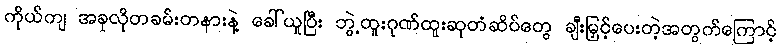
ကိုယ်ကျ အခုလိုတခမ်းတနားနဲ့ ခေါ်ယူပြီး ဘွဲ့ထူးဂုဏ်ထူးဆုတံဆိပ်တွေ ချီးမြှင့်ပေးတဲ့အတွက်ကြောင့်